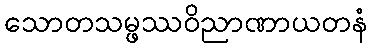
သောတသမ္ဖဿဝိညာဏာယတနံ